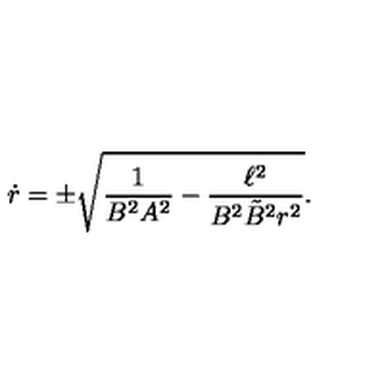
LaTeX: \dot { r } = \pm \sqrt { { \frac { 1 } { B ^ { 2 } A ^ { 2 } } } - { \frac { \ell ^ { 2 } } { B ^ { 2 } \tilde { B } ^ { 2 } r ^ { 2 } } } } .